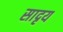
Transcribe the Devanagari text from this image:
सादृय